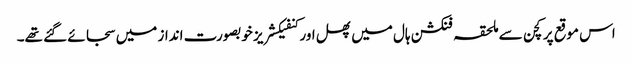
اس موقع پر کچن سے ملحقہ فنکشن ہال میں پھل اور کنفیکشریز خوبصورت انداز میں سجائے گئے تھے۔